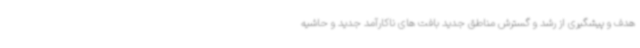
هدف و پیشگیری از رشد و گسترش مناطق جدید بافت های ناکارآمد جدید و حاشیه